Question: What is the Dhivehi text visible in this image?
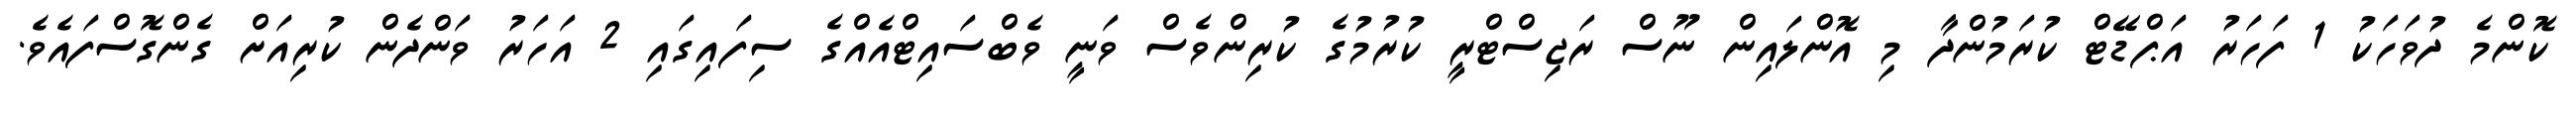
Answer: ކޮންމެ ދުވަހަކު 1 ފަހަރު އަޕްޑޭޓް ކުރަމުންދާ މި އޮންލައިން ނޫސް ރަޖިސްޓްރީ ކުރުމުގެ ކުރިންވެސް ވަނީ ވެބްސައިޓްއެއްގެ ސިފައިގައި 2 އަހަރު ވަންދެން ކުރިއަށް ގެންގޮސްފައެވެ.